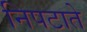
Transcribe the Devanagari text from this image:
निपटाते